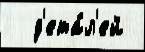
  д'ета́л'ей